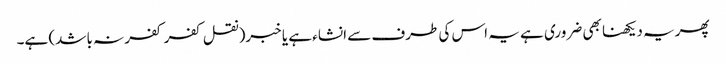
پھریہ دیکھنا بھی ضروری ہے یہ اس کی طرف سے انشاء ہے یا خبر(نقل کفر کفر نہ باشد) ہے۔